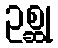
ဥစ္ဆု